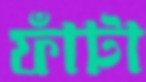
ফাঁটা